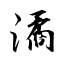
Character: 潏